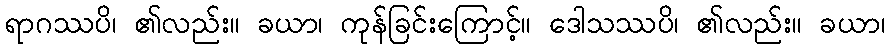
ရာဂဿပိ၊ ၏လည်း။ ခယာ၊ ကုန်ခြင်းကြောင့်။ ဒေါသဿပိ၊ ၏လည်း။ ခယာ၊